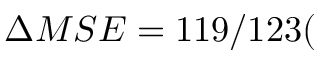
\Delta M S E = 1 1 9 / 1 2 3 ( \